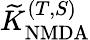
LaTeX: \widetilde{K}_{\mathrm{NMDA}}^{(T,S)}